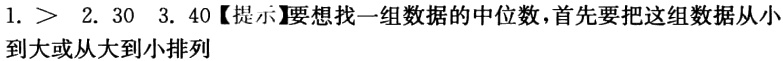
1. $>$  2. $30$  3. $40$【提示】要想找一组数据的中位数，首先要把这组数据从小到 大或从大到小排列